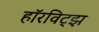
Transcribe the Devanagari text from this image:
हॉरविट्झ